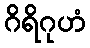
ဂိရိဂုဟံ